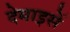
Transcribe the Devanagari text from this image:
देमाइसें